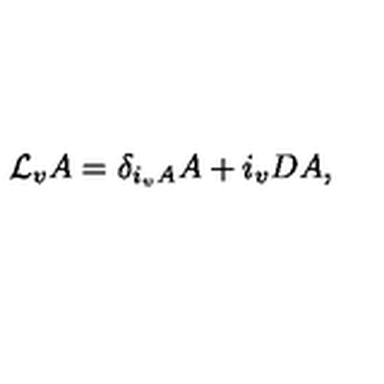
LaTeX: { \cal L } _ { v } A = \delta _ { i _ { v } A } A + i _ { v } D A ,